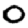
Digit: 0